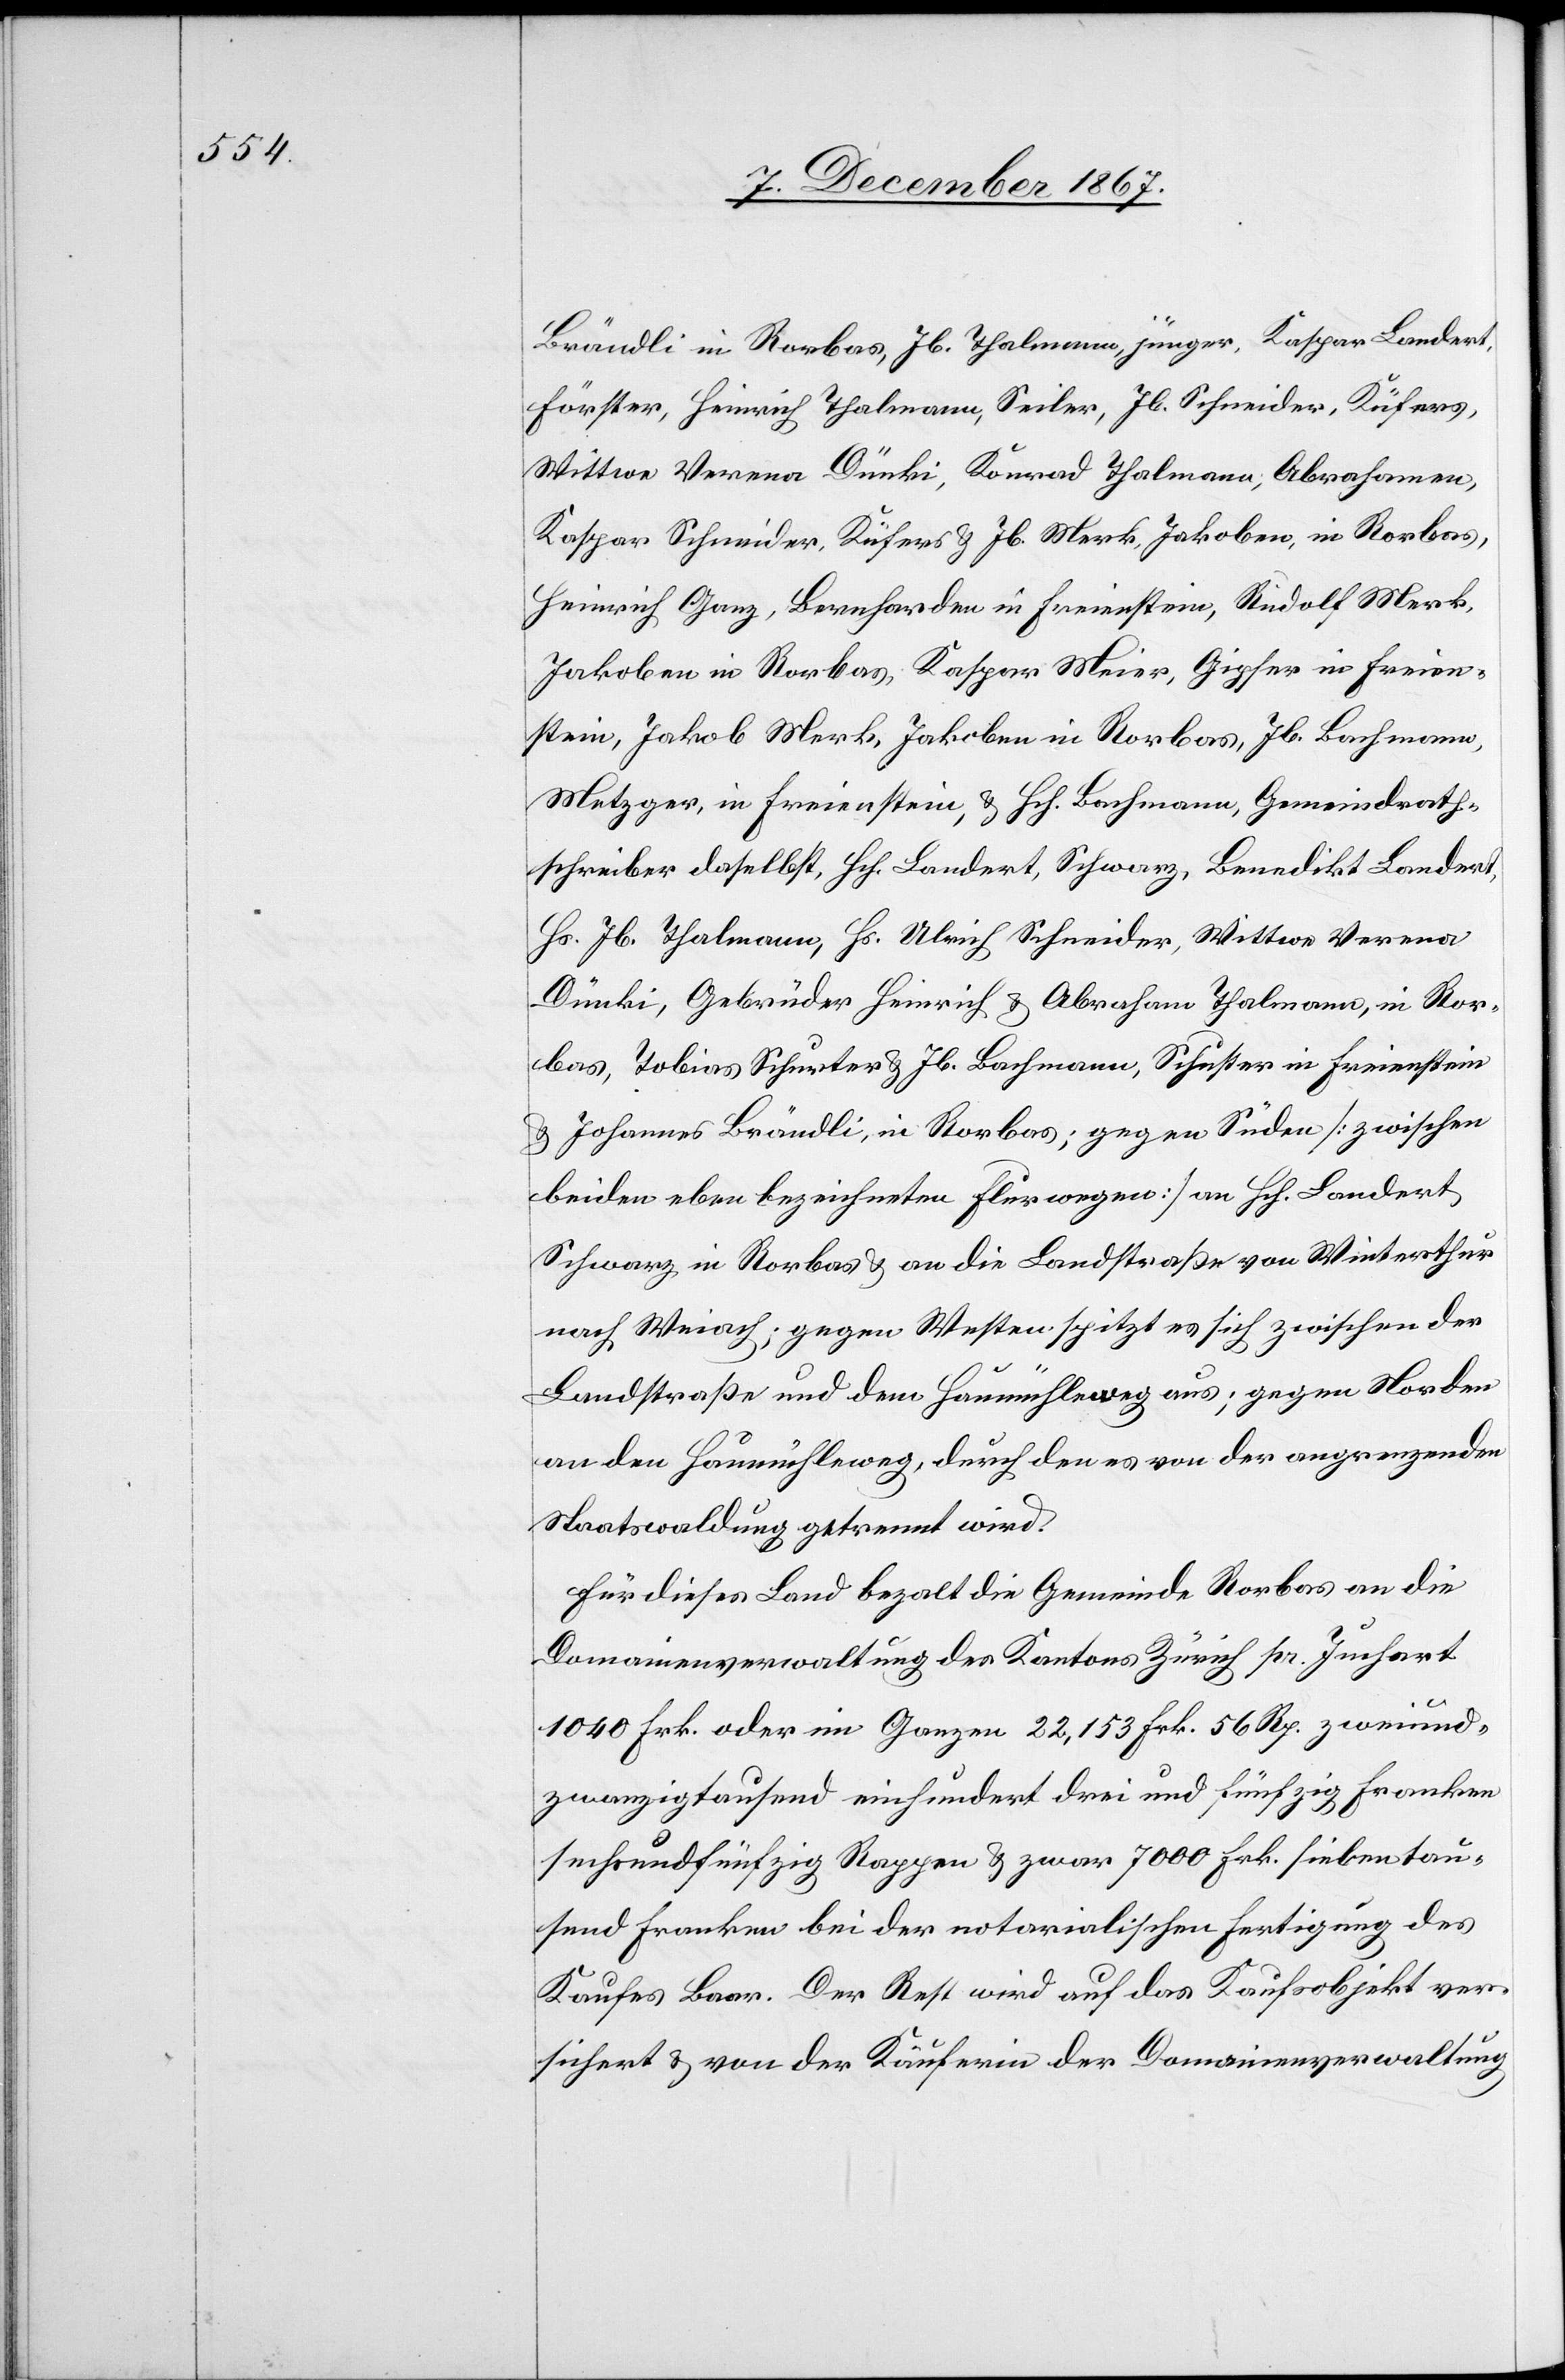
Brändli in Rorbas, Jb. Thalmann, jünger, Kaspar Landert,
Förster, Heinrich Thalmann, Seiler, Jb. Schneider, Küfers,
Wittwe Verena Dünki, Konrad Thalmann, Abrahamen,
Kaspar Schneider, Küfers u. Jb. Merk, Jakoben, in Rorbas,
Heinrich Ganz, Brennharden in Freienstein, Rudolf Merk,
Jakoben in Rorbas, Kaspar Meier, Gipser in Freien¬
stein, Jakob Merk, Jakoben in Rorbas, Jb. Bachmann,
Metzger, in Freienstein, u. Hch. Bachmann, Gemeindrath¬
schreiber daselbst, Hch. Landert, Schwarz, Benedikt Landert,
Hs. Jb. Thalmann, Hs. Ulrich Schneider, Wittwe Verena
Dünki, Gebrüder Heinrich u. Abraham Thalmann, in Ror¬
bas, Tobias Schurter u. Jb. Bachmann, Schuster in Freienstein
u. Johannes Brändli, in Rorbas; gegen Süden [zwischen
beiden eben bezeichneten Flurwegen] an Hch. Landert,
Schwarz in Rorbas u. an die Landstraße von Winterthur
nach Weiach; gegen Westen spitzt es sich zwischen der
Landstraße und dem Haumühleweg aus; gegen Norden
an den Haumühleweg, durch den es von der angrenzenden
Staatswaldung getrennt wird.
Für dieses Land bezahlt die Gemeinde Rorbas an die
Domainenveraltung des Kantons Zürich pr. Juchart
1040 Frk. oder im Ganzen 22 153 Frk. 56 Rp. zweiund¬
zwanzigtausend einhundert drei und fünfzig Franken
secksundfünfzig Rappen u. zwar 7000 Frk. siebentau¬
send Franken bei der notarialischen Fertigung des
Kaufes Baar. Der Rest wird auf das Kaufsobjekt ver¬
sichert u. von der Käuferin der Domainenverwaltung